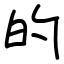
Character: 的